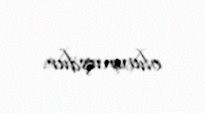
olunmuşdur.